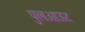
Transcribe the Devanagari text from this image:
पुलआऊट